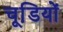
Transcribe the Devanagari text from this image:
चूडि़यों